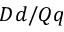
D d / Q q